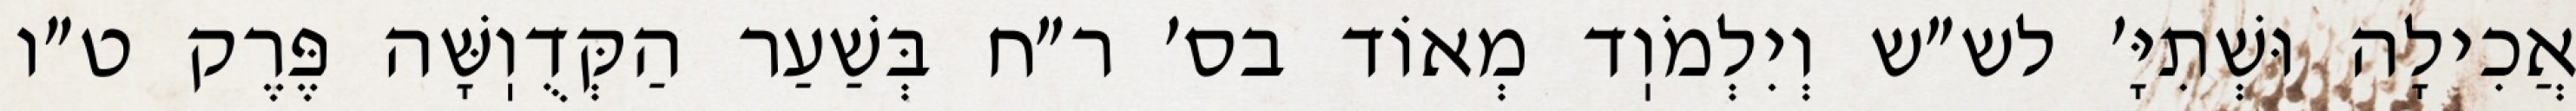
אֲכִילָה וּשְׁתִיָּ׳ לש״ש וְיִלְמֹוֽד מְאוֹד בס׳ ר״ח בְּשַׁעַר הַקְּדֻוֽשָּׁה פֶּרֶק ט״ו